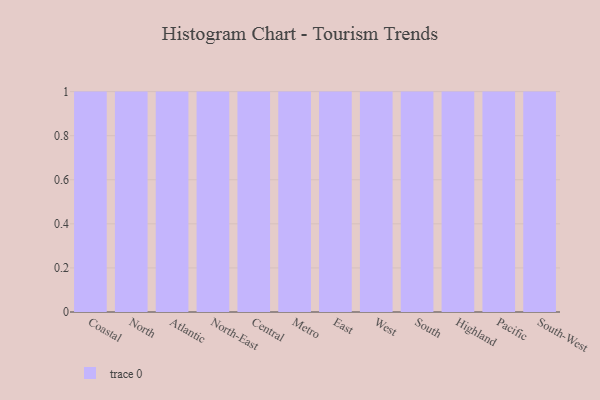
{"axis": {"x": "Region", "y": "Production Output"}, "legend": [""], "data": [{"x": "Coastal", "y": 63, "type": ""}, {"x": "North", "y": 40, "type": ""}, {"x": "Atlantic", "y": 64, "type": ""}, {"x": "North-East", "y": 3, "type": ""}, {"x": "Central", "y": 82, "type": ""}, {"x": "Metro", "y": 35, "type": ""}, {"x": "East", "y": 85, "type": ""}, {"x": "West", "y": 92, "type": ""}, {"x": "South", "y": 3, "type": ""}, {"x": "Highland", "y": 57, "type": ""}, {"x": "Pacific", "y": 39, "type": ""}, {"x": "South-West", "y": 68, "type": ""}]}